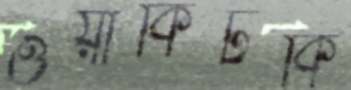
ওয়াকিটকি